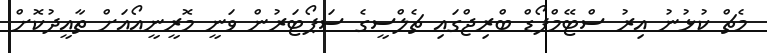
މެޗް ކުޅުނު އިރު ސްޓޭމްފޯޑް ބްރިޖްގައި ޗެލްސީގެ ސަޕޯޓަރުން ވަނީ މޮރީނީއޯއަށް ތާއީދުކޮށް